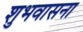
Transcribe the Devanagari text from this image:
शुभवासना